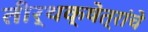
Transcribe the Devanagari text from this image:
तीर्थक्षेत्रांचे